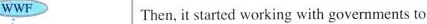
WWF Then, it started working with governments to